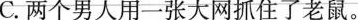
C.两个男人用一张大网抓住了老鼠。